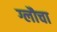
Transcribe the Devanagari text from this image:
ग्लौचा